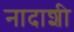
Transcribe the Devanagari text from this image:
नादाशी